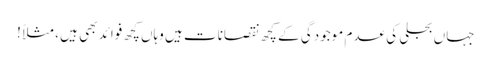
جہاں بجلی کی عدم موجودگی کے کچھ نقصانات ہیں وہاں کچھ فوائد بھی ہیں ، مثلاً !